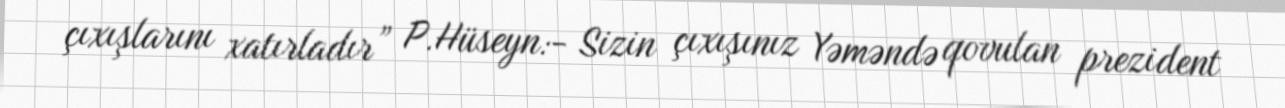
çıxışlarını xatırladır” P.Hüseyn:- Sizin çıxışınız Yəməndə qovulan prezident